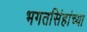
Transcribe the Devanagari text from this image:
भगतसिंहांच्या